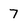
Character: 7